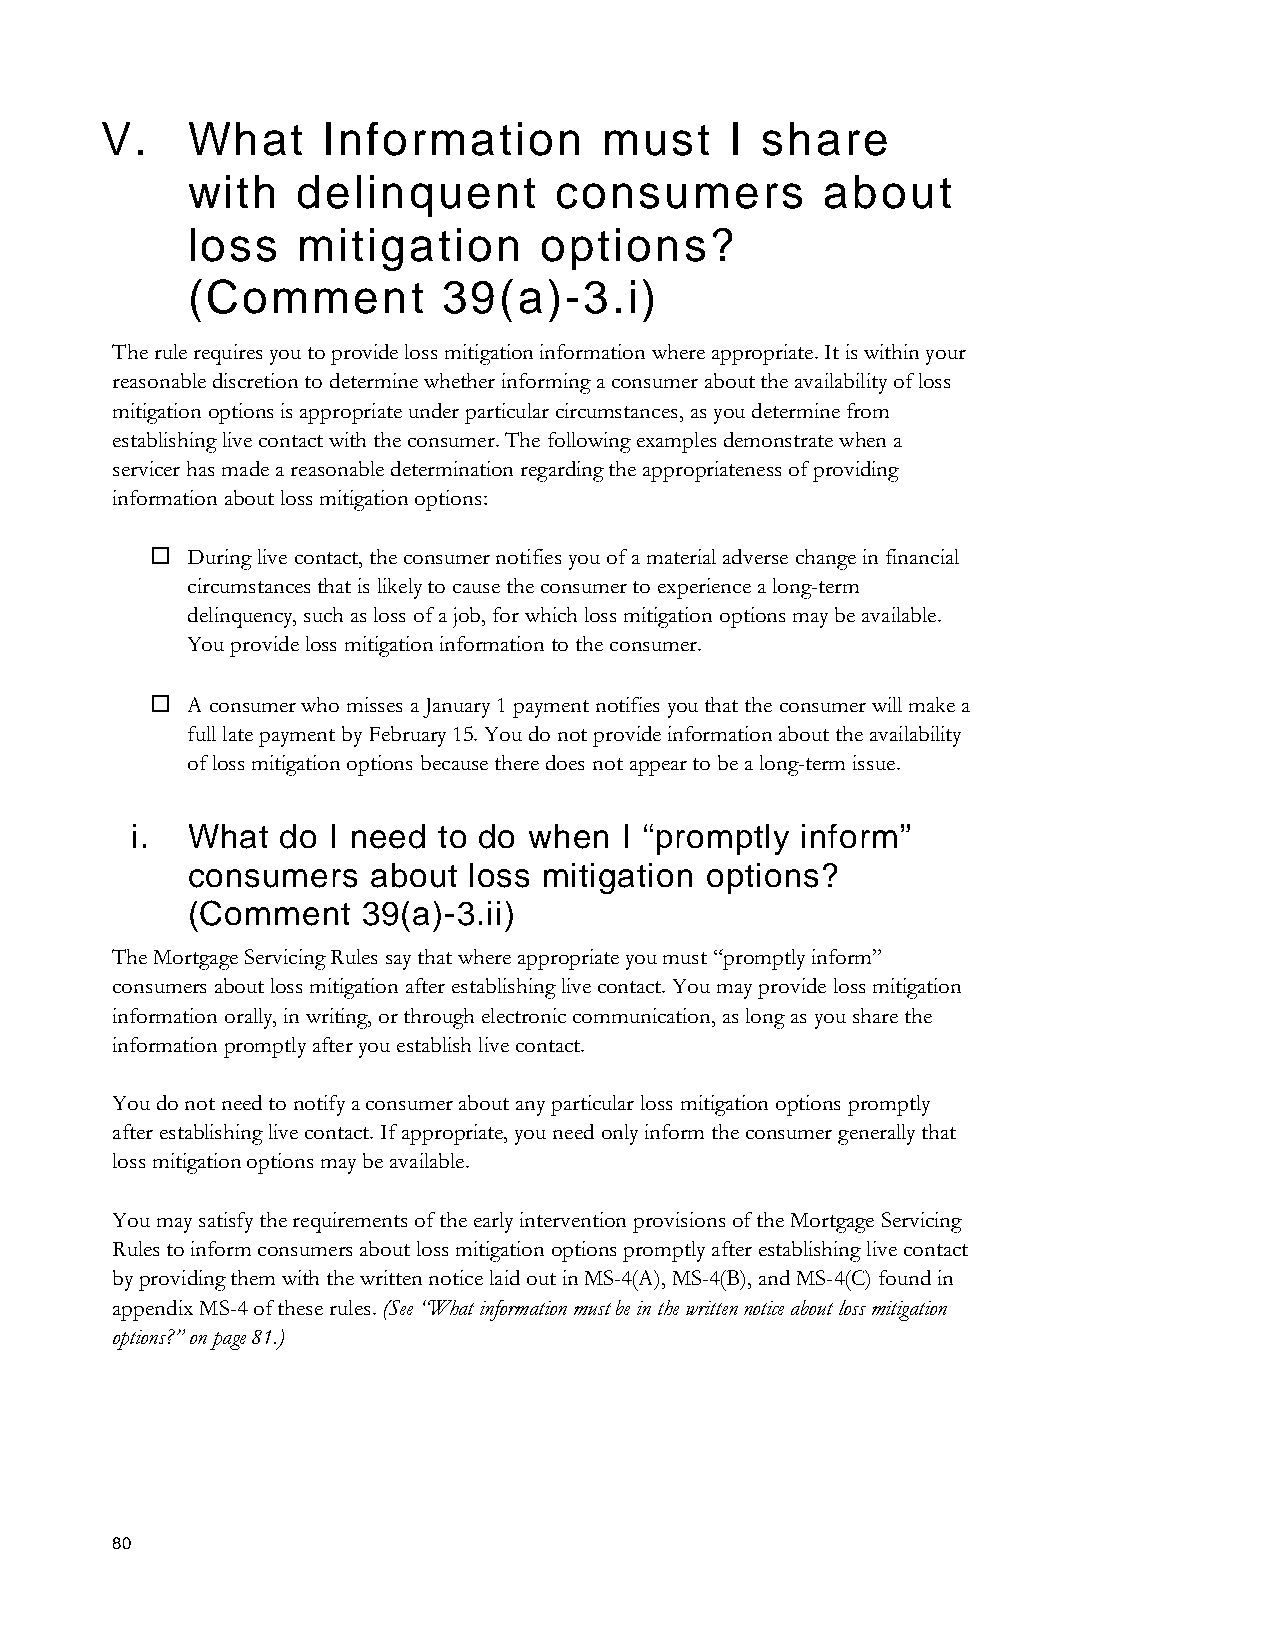
V.   What     Information        must    I share
 with    delinquent       consumers         about
 loss    mitigation      options?
 (Comment         39(a)-3.i)
 The rule requires you to provide loss mitigation information where appropriate. It is within your
 reasonable discretion to determine whether informing a consumer about the availability of loss
 mitigation options is appropriate under particular circumstances, as you determine from
 establishing live contact with the consumer. The following examples demonstrate when a
 servicer has made a reasonable determination regarding the appropriateness of providing
 information about loss mitigation options:
  During live contact, the consumer notifies you of a material adverse change in financial
 circumstances that is likely to cause the consumer to experience a long-term
 delinquency, such as loss of a job, for which loss mitigation options may be available.
 You provide loss mitigation information to the consumer.
  A consumer who misses a January 1 payment notifies you that the consumer will make a
 full late payment by February 15. You do not provide information about the availability
 of loss mitigation options because there does not appear to be a long-term issue.
 i. What   do I need to do when  I “promptly inform”
 consumers   about  loss mitigation options?
 (Comment    39(a)-3.ii)
 The Mortgage Servicing Rules say that where appropriate you must “promptly inform”
 consumers about loss mitigation after establishing live contact. You may provide loss mitigation
 information orally, in writing, or through electronic communication, as long as you share the
 information promptly after you establish live contact.
 You do not need to notify a consumer about any particular loss mitigation options promptly
 after establishing live contact. If appropriate, you need only inform the consumer generally that
 loss mitigation options may be available.
 You may satisfy the requirements of the early intervention provisions of the Mortgage Servicing
 Rules to inform consumers about loss mitigation options promptly after establishing live contact
 by providing them with the written notice laid out in MS-4(A), MS-4(B), and MS-4(C) found in
 appendix MS-4 of these rules. (See “What information must be in the written notice about loss mitigation
 options?” on page 81.)
 80